Lunatic asylums in Bengal annual reports 1899-1911 - 1899-1911
Year: 1899
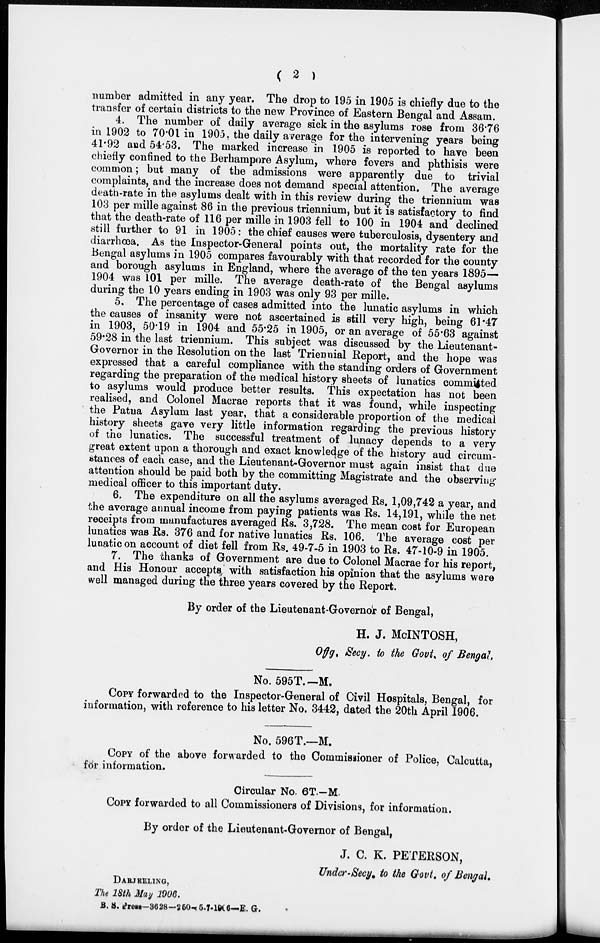
( 2 )
number admitted in any year. The drop to 195 in 1905 is chiefly due to the
transfer of certain districts to the new Province of Eastern Bengal and Assam.
4. The number of daily average sick in the asylums rose from 36.76
in 1902 to 70.01 in 1905. the daily average for the intervening years being
41.92 and 54.53. The marked increase in 1905 is reported to have been
chiefly confined to the Berhampore Asylum, where fevers and phthisis were
common; but many of the admissions were apparently due to trivial
complaints, and the increase does not demand special attention. The average
death-rate in the asylums dealt with in this review during the triennium was
103 per mille against 86 in the previous triennium, but it is satisfactory to find
that the death-rate of 116 per mille in 1903 fell to 100 in 1904 and declined
still further to 91 in 1905: the chief causes were tuberculosis, dysentery and
diarrhœa. As the Inspector-General points out, the mortality rate for the
Bengal asylums in 1905 compares favourably with that recorded for the county
and borough asylums in England, where the average of the ten years 1895—
1904 was 101 per mille. The average death-rate of the Bengal asylums
during the 10 years ending in 1903 was only 93 per mille.
5. The percentage of cases admitted into the lunatic asylums in which
the causes of insanity were not ascertained is still very high, being 61.47
in 1903, 50.19 in 1904 and 55.25 in 1905, or an average of 55.63 against
59.28 in the last triennium. This subject was discussed by the Lieutenant-
Governor in the Resolution on the last Triennial Report, and the hope was
expressed that a careful compliance with the standing orders of Government
regarding the preparation of the medical history sheets of lunatics committed
to asylums would produce better results. This expectation has not been
realised, and Colonel Macrae reports that it was found, while inspecting
the Patna Asylum last year, that a considerable proportion of the medical
history sheets gave very little information regarding the previous history
of the lunatics. The successful treatment of lunacy depends to a very
great extent upon a thorough and exact knowledge of the history and circum-
stances of each case, and the Lieutenant-Governor must again insist that due
attention should be paid both by the committing Magistrate and the observing
medical officer to this important duty.
6. The expenditure on all the asylums averaged Rs. 1,09,742 a year, and
the average annual income from paying patients was Rs. 14,191, while the net
receipts from manufactures averaged Rs. 3,728. The mean cost for European
lunatics was Rs. 376 and for native lunatics Rs. 106. The average cost per
lunatic on account of diet fell from Rs. 49-7-5 in 1903 to Rs. 47-10-9 in 1905.
7. The thanks of Government are due to Colonel Macrae for his report,
and His Honour accepts with satisfaction his opinion that the asylums were
well managed during the three years covered by the Report.
By order of the Lieutenant-Governor of Bengal,
H. J. McINTOSH,
Offg. Secy. to the Govt. of Bengal.
No. 595T.— M.
COPY forwarded to the Inspector-General of Civil Hospitals, Bengal, for
information, with reference to his letter No. 3442, dated the 20th April 1906.
No. 596T.—M.
COPY of the above forwarded to the Commissioner of Police, Calcutta,
for information.
Circular No. 6T.—M.
COPY forwarded to all Commissioners of Divisions, for information.
By order of the Lieutenant-Governor of Bengal,
J. C. K. PETERSON,
Under-Secy. to the Govt. of Bengal.
DARJEELING,
The 18th May 1906.
B. S. Press—3628-250-5-7-1906—E. G.